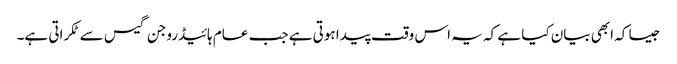
جیسا کہ ابھی بیان کیا ہے کہ یہ اس وقت پیدا ہوتی ہے جب عام ہائیڈروجن گیس سے ٹکراتی ہے۔